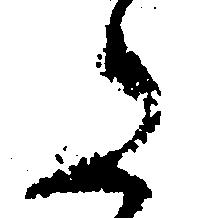
た